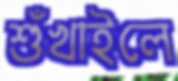
শুঁখাইলে